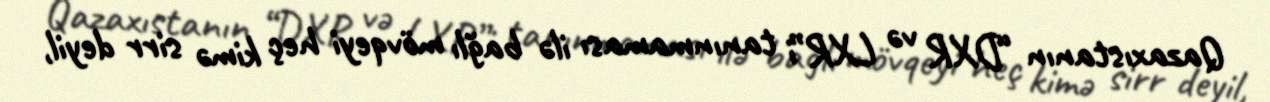
Qazaxıstanın “DXR və LXR”i tanınmaması ilə bağlı mövqeyi heç kimə sirr deyil,